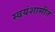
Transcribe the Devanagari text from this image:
स्वयंशासीत